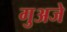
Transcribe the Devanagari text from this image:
गुअजे